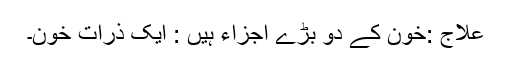
علاج :خون کے دو بڑے اجزاء ہیں : ایک ذرات خون۔